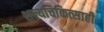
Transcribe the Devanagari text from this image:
शल्यचिकित्साही